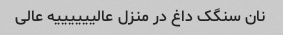
نان سنگک داغ در منزل عالییییییه عالی